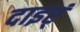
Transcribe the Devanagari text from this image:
दाइर्ं